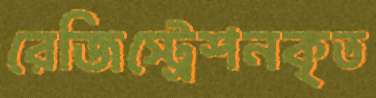
রেজিস্ট্রেশনকৃত